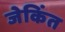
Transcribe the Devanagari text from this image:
जेकिंत